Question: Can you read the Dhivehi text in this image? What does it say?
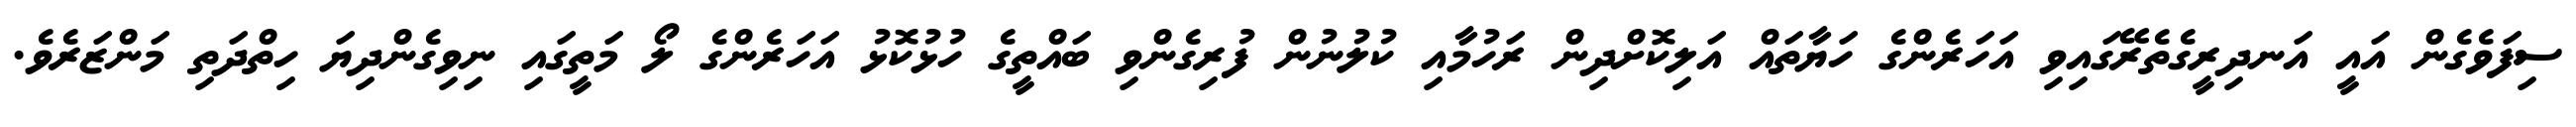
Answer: ސިފަވެގެން އައީ އަނދިރީގެތެރޭގައިވި އަހަރެންގެ ހަޔާތައް އަލިކޮށްދިން ރަހުމާއި ކުލުނުން ފުރިގެންވި ބައްތީގެ ހުޅުކޮޅު އަހަރެންގެ ލޯ މަތީގައި ނިވިގެންދިޔަ ހިތްދަތި މަންޒަރެވެ.